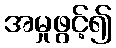
အမှုဖွင့်၍